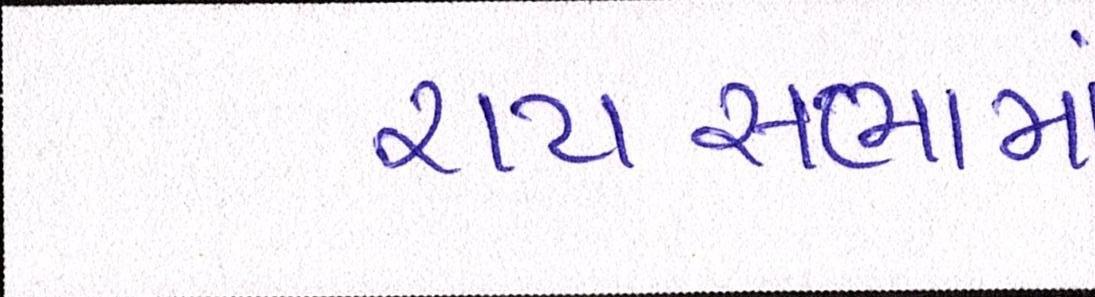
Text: રાયસભામાં